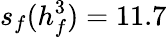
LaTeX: s_{f}(h_{f}^{3})=11.7